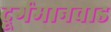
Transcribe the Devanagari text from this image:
दूर्गमानवाड